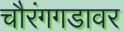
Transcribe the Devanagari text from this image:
चौरंगगडावर